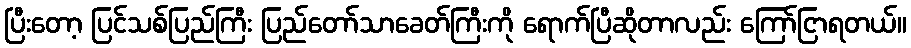
ပြီးတော့ ပြင်သစ်ပြည်ကြီး ပြည်တော်သာခေတ်ကြီးကို ရောက်ပြီဆိုတာလည်း ကြော်ငြာရတယ်။